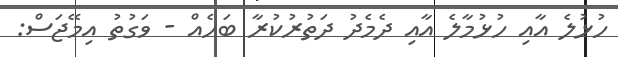
ހުޅުލެ އާއި ހުޅުމާލެ އާއި ދެމެދު ދަތުރުކުރާ ބަހެއް - ވަގުތު އިމޭޖަސް: